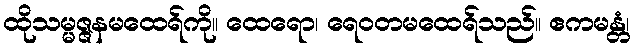
ထိုသမ္မဇ္ဇနမထေရ်ကို။ ထေရော၊ ရေဝတမထေရ်သည်။ ဧကမန္တံ၊